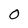
Character: o